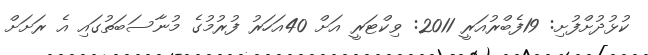
ކުޅުދުށްފުށި: 19ފެބްރުއަރީ 2011: ވިކްޓަރީ އަށް 40އަހަރު ފުރުމުގެ މުނާސަބަތުގައި އެ ރަށަށް